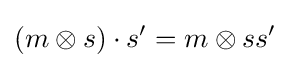
(m\otimes s)\cdot s'=m\otimes ss'